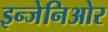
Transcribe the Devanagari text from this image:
इन्जेनिओर